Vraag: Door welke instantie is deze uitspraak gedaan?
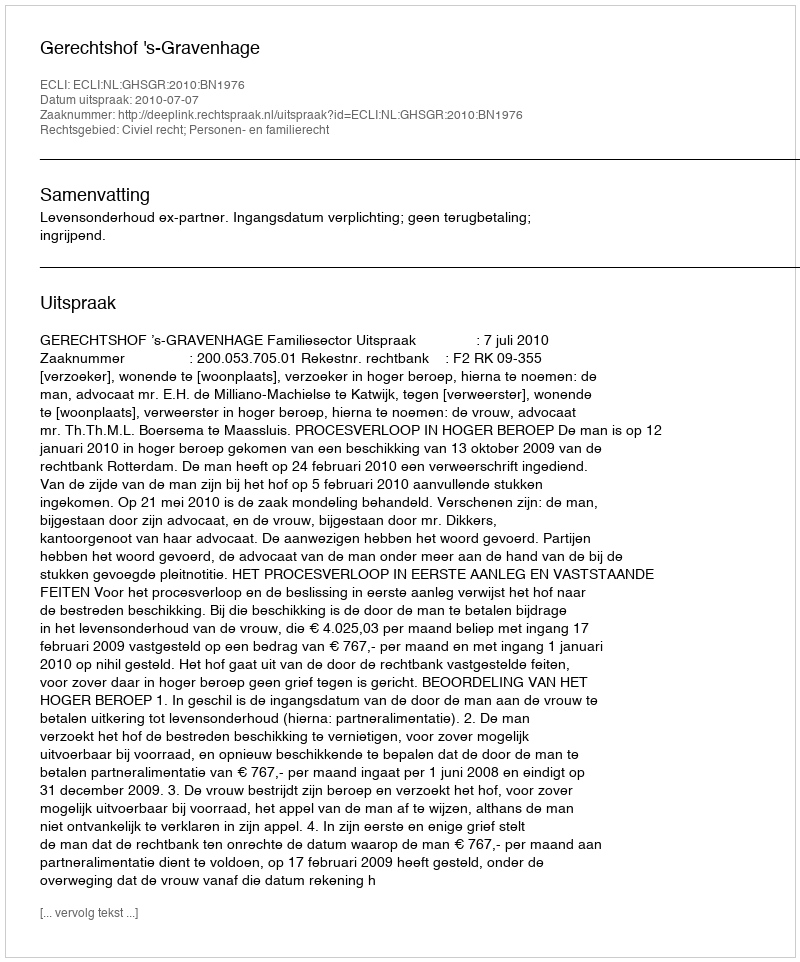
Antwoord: Gerechtshof 's-Gravenhage